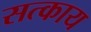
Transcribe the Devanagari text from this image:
सत्काय